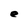
Character: e